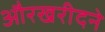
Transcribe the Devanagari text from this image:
औरखरीदने